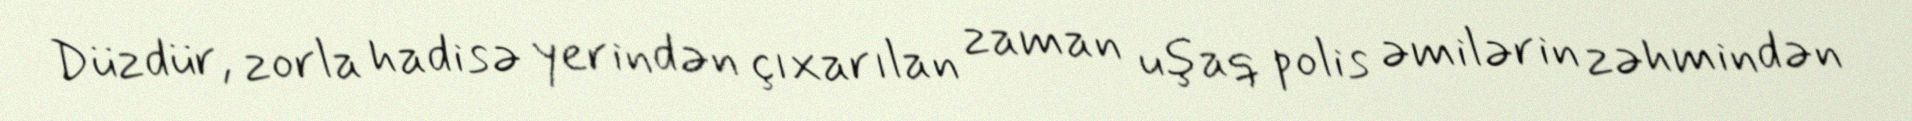
Düzdür, zorla hadisə yerindən çıxarılan zaman uşaq polis əmilərin zəhmindən